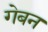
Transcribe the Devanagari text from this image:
गेबन